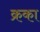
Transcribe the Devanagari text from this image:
क्रका